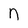
Character: n